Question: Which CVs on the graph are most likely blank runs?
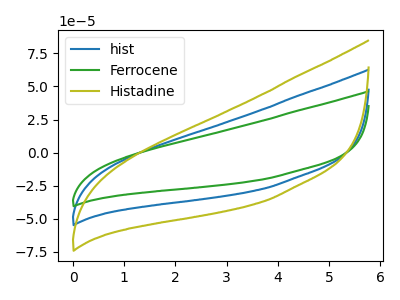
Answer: <think>The blue curve "hist" has no peaks. The green curve "Ferrocene" has no peaks. The olive curve "Histadine" has no peaks.</think>
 <answer>"hist", "Ferrocene" and "Histadine" are likely to be blanks.</answer>
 <eval>"hist", "Ferrocene", "Histadine"</eval>